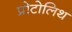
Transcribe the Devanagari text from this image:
प्रोटोलिथ